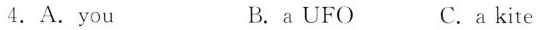
4. A.you B.a UFO C.a kite